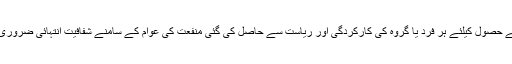
اس توازن کے حصول کیلئے ہر فرد یا گروہ کی کارکردگی اور ریاست سے حاصل کی گئی منفعت کی عوام کے سامنے شفافیت انتہائی ضروری ہو گئی ہے۔